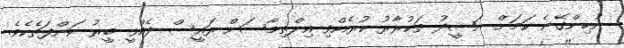
ނުހިންގޭނެ ކަމަށް ނަޝީދު ތަކުރާރު ކުރެއްވި އިލްތިމާސަށް ރައީސް ދެއްވީ ބީރު ކަންފަތެކެވެ.